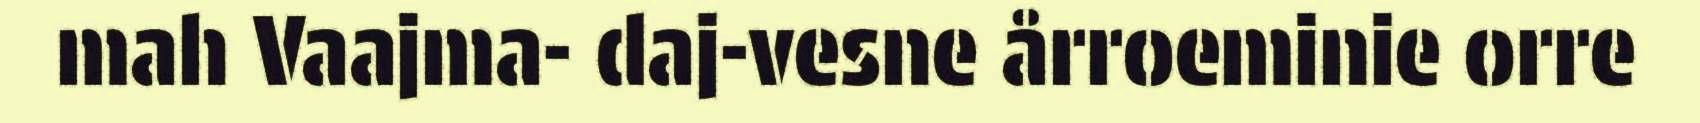
mah Vaajma- daj-vesne årroeminie orre